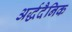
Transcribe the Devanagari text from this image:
अर्द्धदैनिक